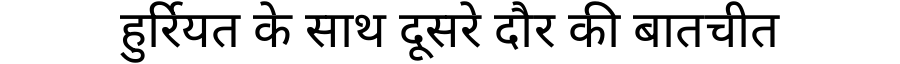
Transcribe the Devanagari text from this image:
हुर्रियत के साथ दूसरे दौर की बातचीत